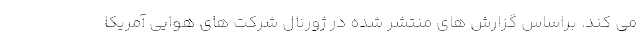
می کند. براساس گزارش های منتشر شده در ژورنال شرکت های هوایی آمریکا